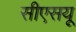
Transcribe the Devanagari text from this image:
सीएसयू